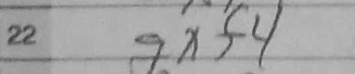
Transcription: gxf4